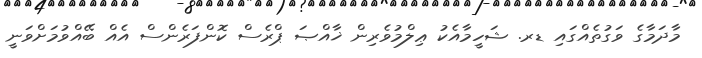
މާދަމާގެ ވަގުތެއްގައި ޑރ. ޝަހީމާއެކު ޢިލްމުވެރިން ޚާއްޞަ ޕްރެސް ކޮންފަރެންސް އެއް ބޭއްވުމަށްވަނީ